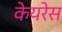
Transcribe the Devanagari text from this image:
केयरेस